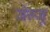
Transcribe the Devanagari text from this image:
जेरुजू